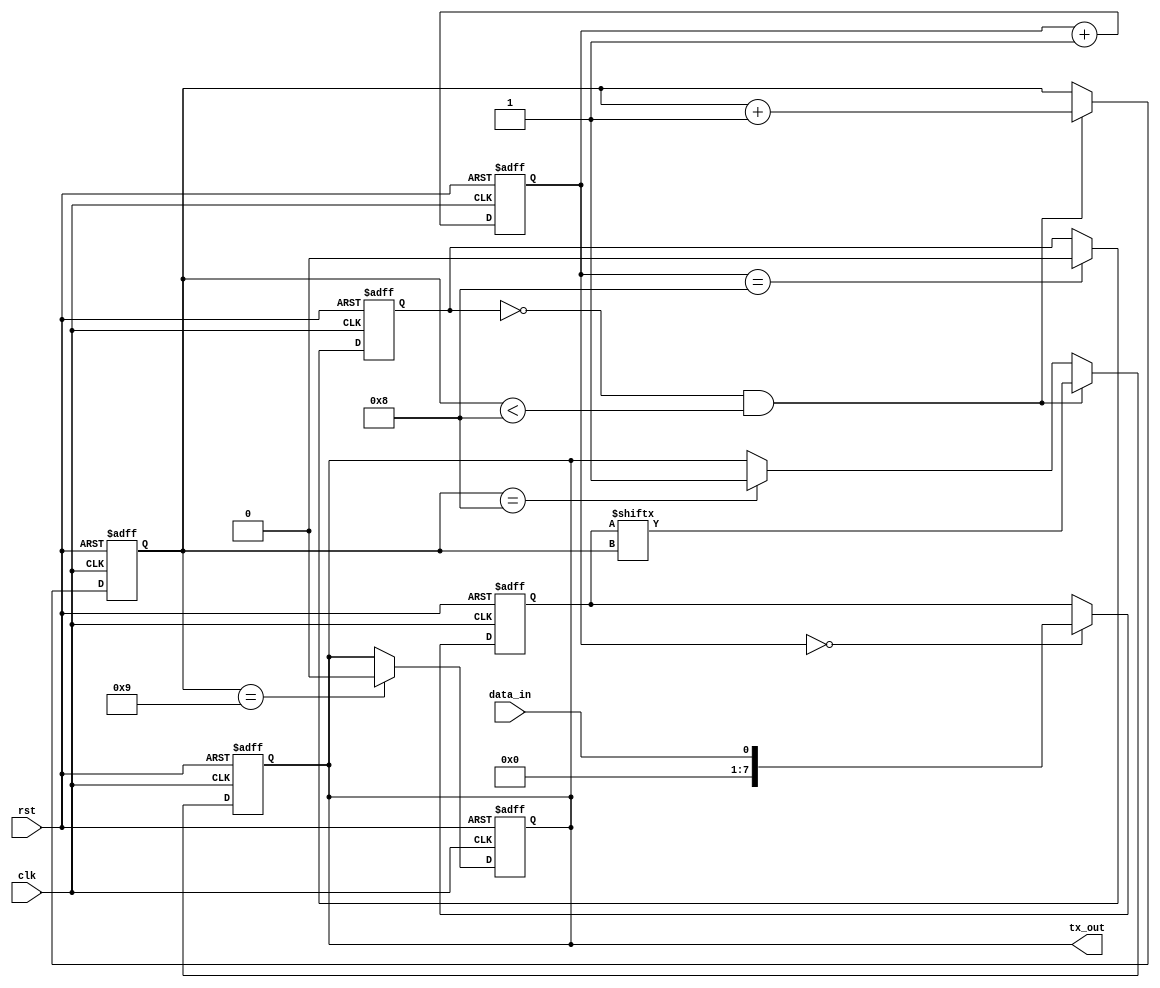
module uart_transmitter(
input clk,
input rst,
input data_in,
output reg tx_out
);

// Clock generator
reg [15:0] counter;
always @(posedge clk or posedge rst) begin
if(rst) begin
counter <= 16'b0;
end else begin
counter <= counter + 1;
end
end

// Data input port
reg [7:0] data;
always @(posedge clk or posedge rst) begin
if(rst) begin
data <= 8'b0;
end else if(counter == 0) begin
data <= data_in;
end
end

// Start bit generation
reg start_bit;
always @(posedge clk or posedge rst) begin
if(rst) begin
start_bit <= 1'b1;
end else if(counter == 8) begin
start_bit <= 1'b0;
end
end

// Data transmission
reg [3:0] bit_counter;
always @(posedge clk or posedge rst) begin
if(rst) begin
bit_counter <= 4'b0;
tx_out <= 1;
end else if(start_bit == 0 && bit_counter < 8) begin
tx_out <= data[bit_counter];
bit_counter <= bit_counter + 1;
end else if(bit_counter == 8) begin
tx_out <= 1;
end
end

// Parity Generation - Optional

// Stop bit generation
reg stop_bit;
always @(posedge clk or posedge rst) begin
if(rst) begin
stop_bit <= 1'b1;
end else if(bit_counter == 9) begin
stop_bit <= 1'b0;
end
end

// Output port
assign tx_out = stop_bit;

endmodule